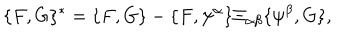
\{ F , G \} ^ { * } = \{ F , G \} - \{ F , \psi ^ { \alpha } \} \Xi _ { \alpha \beta } \{ \psi ^ { \beta } , G \} ,